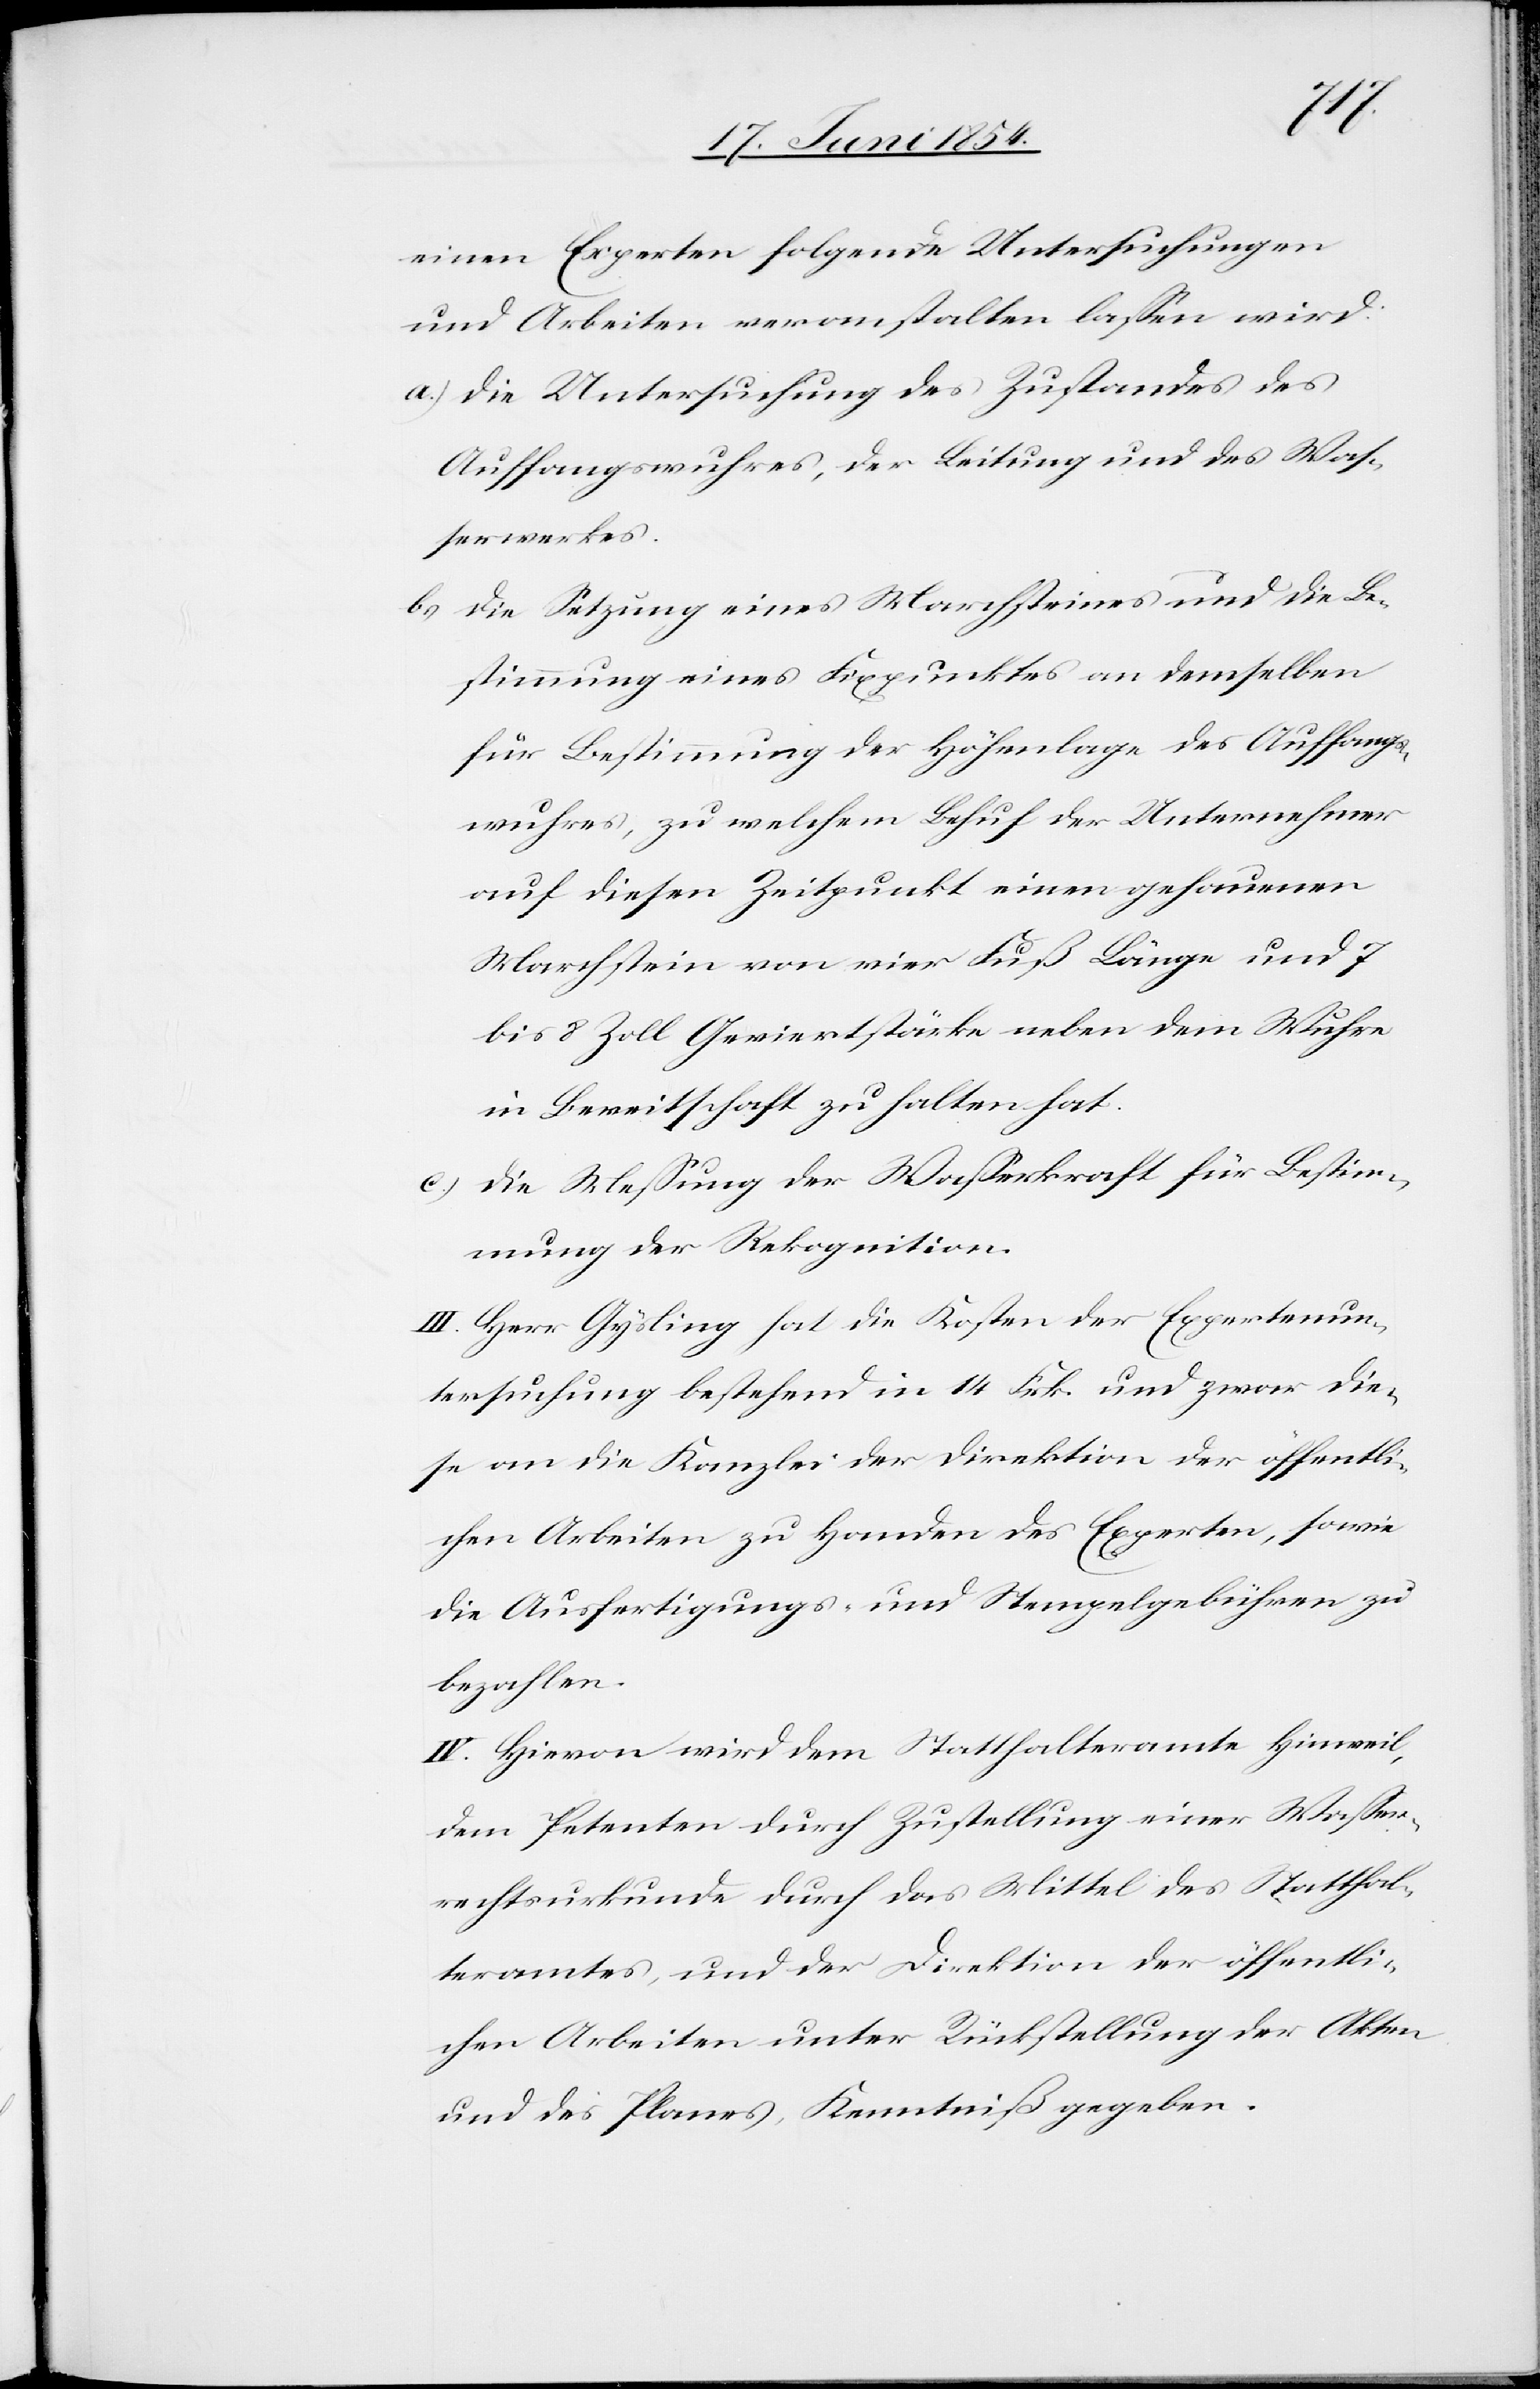
einen Experten folgende Untersuchungen
und Arbeiten veranstalten laßen wird:
a.) die Untersuchung des Zustandes des
Auffangwuhres, der Leitung und des Waß¬
erwerkes.
b.) die Setzung eines Marchsteines und die Be¬
stimmung eines Fixpunktes an demselben
für Bestimmung der Höhenlage des Auffang¬
wuhres, zu welchem Behuf der Unternehmer
auf diesen Zeitpunkt einen gehauenen
Marchstein von vier Fuß Länge und 7
bis 8 Zoll Geviertstärke neben dem Wuhre
in Bereitschaft zu halten hat.
c.) die Meßung der Waßerkraft für Bestim¬
mung der Rekognition.
III. Herr Gysling hat die Kosten der Expertenun¬
tersuchung bestehend in 14 Frk. und zwar die¬
se an die Kanzlei der Direktion der öffentli¬
chen Arbeiten zu Handen des Experten, sowie
die Ausfertigungs- und Stempelgebühren zu
bezahlen.
IV. Hievon wird dem Statthalteramte Hinweil,
dem Petenten durch Zustellung einer Waßer¬
rechtsurkunde durch das Mittel des Statthal¬
teramtes, und der Direktion der öffentli¬
chen Arbeiten unter Rückstellung der Akten
und des Planes, Kenntniß gegeben.